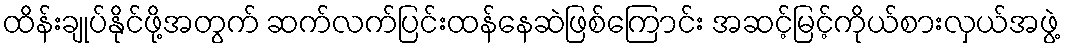
ထိန်းချုပ်နိုင်ဖို့အတွက် ဆက်လက်ပြင်းထန်နေဆဲဖြစ်ကြောင်း အဆင့်မြင့်ကိုယ်စားလှယ်အဖွဲ့